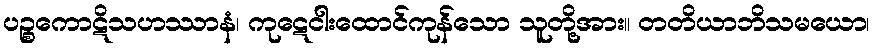
ပဉ္စကောဋိသဟဿာနံ၊ ကုဋေငါးထောင်ကုန်သော သူတို့အား။ တတိယာဘိသမယော၊